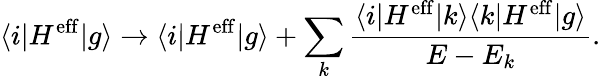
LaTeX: \langle i|H^{\mathrm{eff}}|g\rangle\rightarrow\langle i|H^{\mathrm{eff}}|g\rangle+\sum_{k}\frac{\langle i|H^{\mathrm{eff}}|k\rangle\langle k|H^{\mathrm{eff}}|g\rangle}{E-E_{k}}.